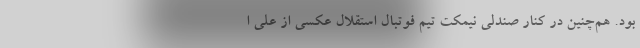
بود. هم‌چنین در کنار صندلی نیمکت تیم فوتبال استقلال عکسی از علی ا